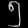
Digit: ၅